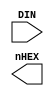
module SEG7DEC (
    input           [3:0]   DIN,
    output  reg     [6:0]   nHEX
);

always @* begin
	case(DIN)
		4'h0:  nHEX0 = 7'b1000000;
		4'h1:  nHEX0 = 7'b1111001;
		4'h2:  nHEX0 = 7'b0100100;
		4'h3:  nHEX0 = 7'b0110000;
		4'h4:  nHEX0 = 7'b0011001;
		4'h5:  nHEX0 = 7'b0010010;
		4'h6:  nHEX0 = 7'b0000010;
		4'h7:  nHEX0 = 7'b1011000;
		4'h8:  nHEX0 = 7'b0000000;
		4'h9:  nHEX0 = 7'b0010000;
		default:nHEX0= 7'b1111111;
	endcase
end

endmodule